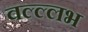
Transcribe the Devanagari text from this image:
वल्ल्लभ